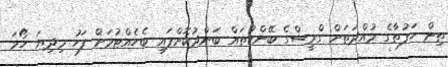
ތިން ހަފުތާގެ މުއްދަތަށް ގްރީސްގެ ބޭންކުތައް ބަންދުކޮށްފައި ބެހެއްޓުމަށް ފަހު މިދިޔަ ހޯމަ